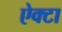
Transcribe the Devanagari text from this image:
ऐक्टा